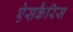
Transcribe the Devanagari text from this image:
ऐसकैरिस